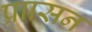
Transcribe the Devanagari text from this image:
प्राासन